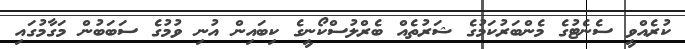
ކުރެއްވީ ސެނެޓުގެ މެންބަރުކަމުގެ ޝަރުތެއް ބެރްލުސްކޯނީގެ ކިބައިން އުނި ވުމުގެ ސަބަބުން މަގާމުގައި